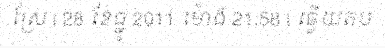
ស្រែ | 28 ខែធ្នូ 2011 ម៉ោង 21:58 | ឆ្លើយតប